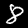
Digit: 8